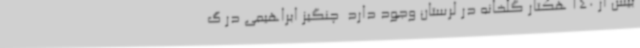
بیش از 140 هکتار گلخانه در لرستان وجود دارد ‌ چنگیز ابراهیمی در گ